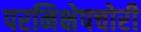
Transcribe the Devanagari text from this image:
परनिक्षेपचोरी